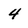
Character: 4